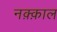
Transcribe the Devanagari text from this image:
नक़्क़ाल